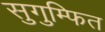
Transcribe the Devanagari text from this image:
सुगुम्फित